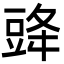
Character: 䜶